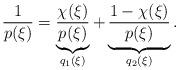
LaTeX: \begin{align*}\frac{1}{p(\xi)}=\underbrace{\frac{\chi(\xi)}{p(\xi)}}_{q_1(\xi)}+\underbrace{\frac{1-\chi(\xi)}{p(\xi)}}_{q_2(\xi)}.\end{align*}